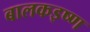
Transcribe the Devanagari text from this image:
बालकइष्ण